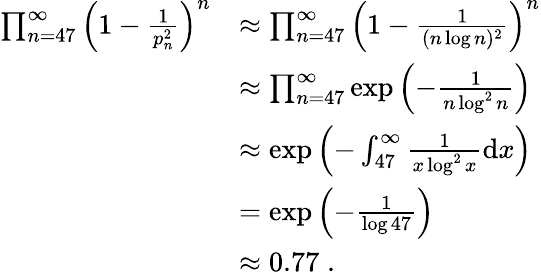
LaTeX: \begin{array}{rl}{\prod_{n=47}^{\infty}\left(1-\frac 1{p_{n}^{2}}\right)^{n}}&{\approx\prod_{n=47}^{\infty}\left(1-\frac 1{(n\log n)^{2}}\right)^{n}}\\ &{\approx\prod_{n=47}^{\infty}\exp\left(-\frac 1{n\log^{2}n}\right)}\\ &{\approx\exp\left(-\int_{47}^{\infty}\frac 1{x\log^{2}x}\mathrm dx\right)}\\ &{=\exp\left(-\frac 1{\log 47}\right)}\\ &{\approx 0.77\; .}\end{array}